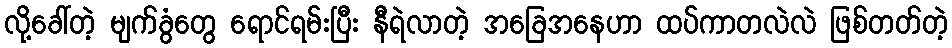
လို့ခေါ်တဲ့ မျက်ခွံတွေ ရောင်ရမ်းပြီး နီရဲလာတဲ့ အခြေအနေဟာ ထပ်ကာတလဲလဲ ဖြစ်တတ်တဲ့